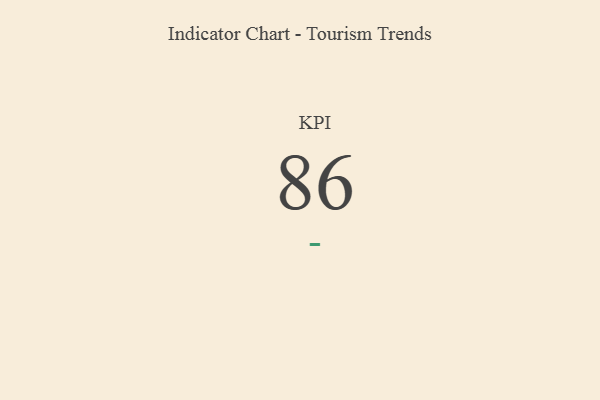
{"axis": {"x": "KPI", "y": "Value"}, "legend": [""], "data": [{"x": "KPI", "y": 86, "type": ""}]}